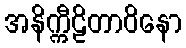
အနိက္ကီဠိတာဝိနော